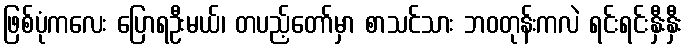
ဖြစ်ပုံကလေး ပြောရဦးမယ်၊ တပည့်တော်မှာ စာသင်သား ဘဝတုန်းကလဲ ရင်းရင်းနှီးနှီး